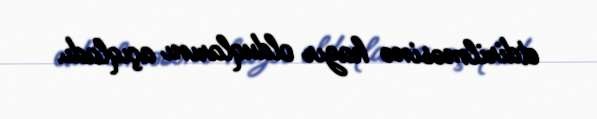
etdirilməsinə hazır olduqlarını açıqladı.